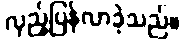
လှည့်ပြန်လာခဲ့သည်။